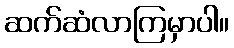
ဆက်ဆံလာကြမှာပါ။